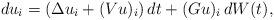
LaTeX: \begin{align*} du_i = (\Delta u_i + (Vu)_i)\, dt + (Gu)_i\, dW(t),\end{align*}